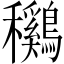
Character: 𱶯